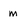
Character: m